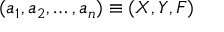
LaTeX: ( a _ { 1 } , a _ { 2 } , \dots , a _ { n } ) \equiv ( X , Y , F )